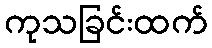
ကုသခြင်းထက်